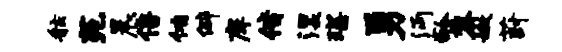
舷苑晨倍侑僻庠偕湿琛勇沔龄黎嫩葑